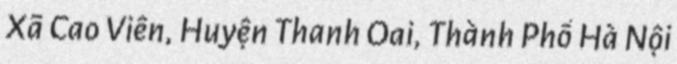
Xã Cao Viên, Huyện Thanh Oai, Thành Phố Hà Nội